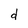
Character: d